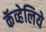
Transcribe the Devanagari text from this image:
कॅव्हेलिये